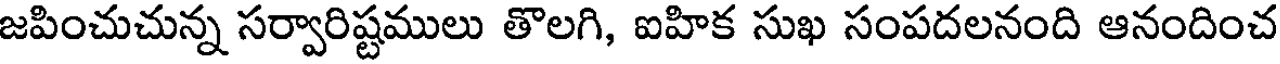
జపించుచున్న సర్వారిష్టములు తొలగి, ఐహిక సుఖ సంపదలనంది ఆనందించ